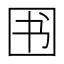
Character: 𱕸